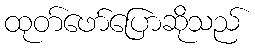
ထုတ်ဖော်ပြောဆိုသည်